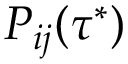
P _ { i j } ( \tau ^ { * } )